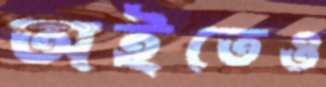
অইতেও